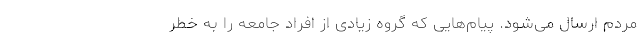
مردم ارسال می‌شود. پیام‌هایی که گروه زیادی از افراد جامعه را به خطر